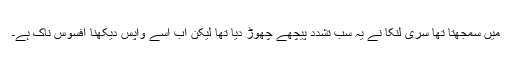
میں سمجھتا تھا سری لنکا نے یہ سب تشدد پیچھے چھوڑ دیا تھا لیکن اب اسے واپس دیکھنا افسوس ناک ہے۔